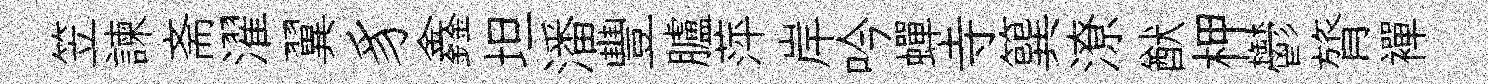
笠諫斋濯翼豸鑫坦潘豐臚萍岸吟蟬寺簨潦猷柙鬱膂襌